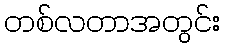
တစ်လတာအတွင်း